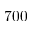
7 0 0